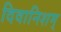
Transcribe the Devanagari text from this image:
दिवानिशम्